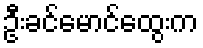
ဦးခင်မောင်ထွေးက